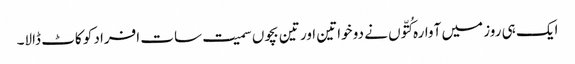
ایک ہی روز میں آوارہ کُتّوں نے دو خواتین اور تین بچوں سمیت سات افراد کو کاٹ ڈالا۔